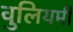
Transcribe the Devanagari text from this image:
वुलियमी